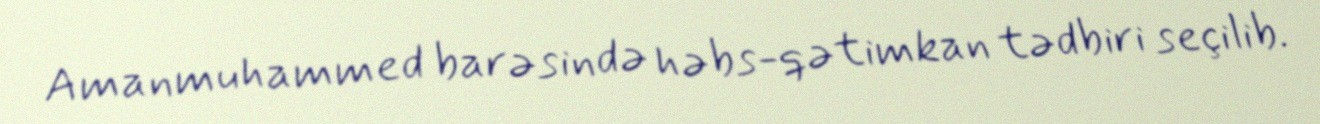
Amanmuhammed barəsində həbs-qətimkan tədbiri seçilib.